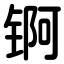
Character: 锕